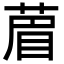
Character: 葿